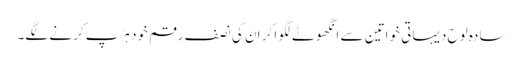
سادہ لوح دیہاتی خواتین سے انگھوٹے لگوا کر ان کی نصف رقم خود ہڑپ کرنے لگے۔